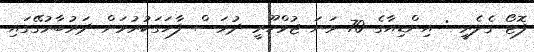
ފޮޓޯ ގެލެރީ : އިންޑިއާގެ 70 ވަނަ ޖުމްހޫރީ ދުވަސް ފާހަގަކުރުމަށް ދަރުބާރުގޭގައި